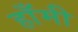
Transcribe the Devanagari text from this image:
हाँमी